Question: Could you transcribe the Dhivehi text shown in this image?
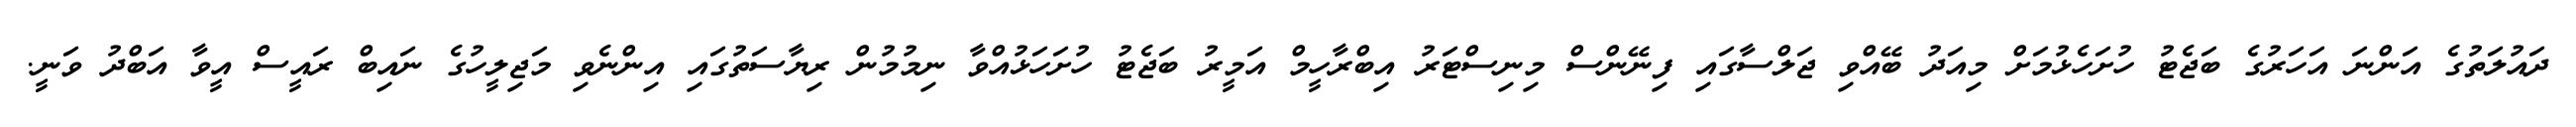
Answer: ދައުލަތުގެ އަންނަ އަހަރުގެ ބަޖެޓު ހުށަހެޅުމަށް މިއަދު ބޭއްވި ޖަލްސާގައި ފިނޭންސް މިނިސްޓަރު އިބްރާހީމް އަމީރު ބަޖެޓު ހުށަހަޅުއްވާ ނިމުމުން ރިޔާސަތުގައި އިންނެވި މަޖިލީހުގެ ނައިބް ރައީސް އީވާ އަބްދު ވަނީ.